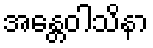
အန္တေဝါသိနာ